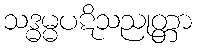
သဒ္ဓမ္မပဋိသညုတ္တာ